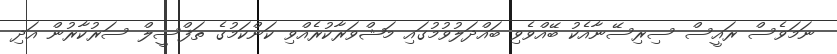
ނަމަވެސް ރައީސް ސިރިސޭނާއެކު ބޭއްވެވި ބައްދަލުވުމުގައި މަޝްވަރާކުރެއްވި ކަންކަމުގެ ތަފްސީލް ސަރުކާރުން އަދި